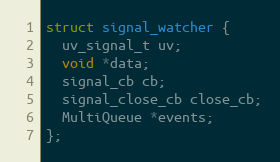
Language: C
struct signal_watcher {
  uv_signal_t uv;
  void *data;
  signal_cb cb;
  signal_close_cb close_cb;
  MultiQueue *events;
};